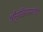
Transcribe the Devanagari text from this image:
श्रीनृसिंहसरस्वतींची